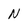
Character: N